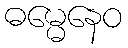
ဓမ္မေနေဝ